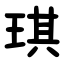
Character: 琪